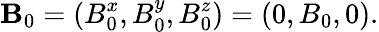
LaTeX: {\mathbf{B}}_{0}=(B_{0}^{x},B_{0}^{y},B_{0}^{z})=(0,B_{0},0).